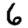
Digit: 6